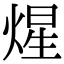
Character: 煋